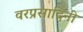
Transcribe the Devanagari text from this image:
वरप्रसादिनी